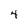
Character: 4